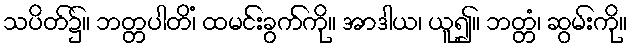
သပိတ်၌။ ဘတ္တပါတိံ၊ ထမင်းခွက်ကို။ အာဒါယ၊ ယူ၍။ ဘတ္တံ၊ ဆွမ်းကို။